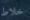
خلاط